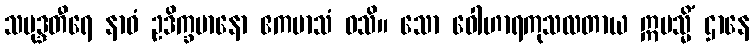
သမုဒ္ဒတီရေ နာဝံ ဥဒိက္ခမာနော ဧကမာသံ ဝသိ။ သော ဝေါဟာရကုသလတာယ ဣမသ္မိံ ဌာနေ